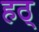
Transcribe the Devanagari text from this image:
हठ्